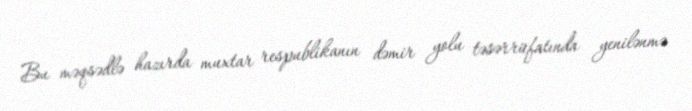
Bu məqsədlə hazırda muxtar respublikanın dəmir yolu təsərrüfatında yenilənmə